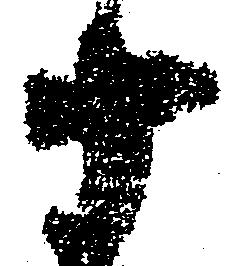
十